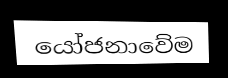
යෝජනාවේම